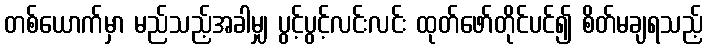
တစ်ယောက်မှာ မည်သည့်အခါမျှ ပွင့်ပွင့်လင်းလင်း ထုတ်ဖော်တိုင်ပင်၍ စိတ်မချရသည့်